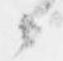
候